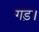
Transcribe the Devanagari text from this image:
गड़।